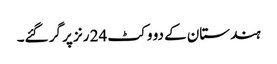
ہندستان کے دو وکٹ 24 رنز پر گر گئے۔